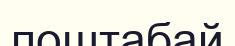
поштабай